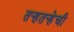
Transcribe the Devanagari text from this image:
तर्‍हतर्‍हेची